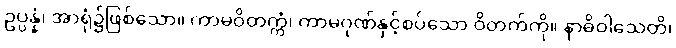
ဥပ္ပန္နံ၊ အာရုံ၌ဖြစ်သော။ ကာမဝိတက္ကံ၊ ကာမဂုဏ်နှင့်စပ်သော ဝိတက်ကို။ နာဓိဝါသေတိ၊